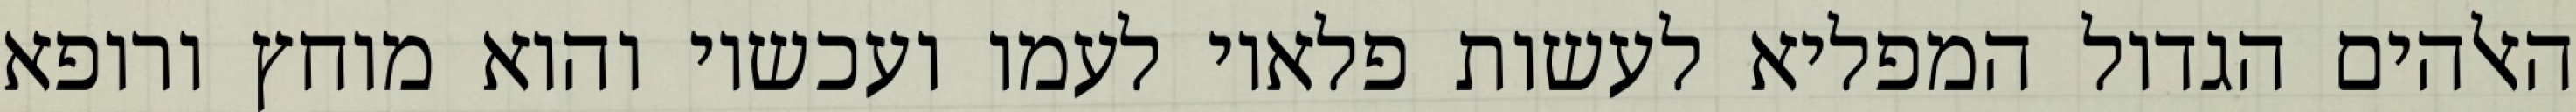
האלהים הגדול המפליא לעשות פלאיו לעמו ועכשיו והוא מוחץ ורופא